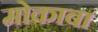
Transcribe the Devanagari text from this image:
मोकाबा